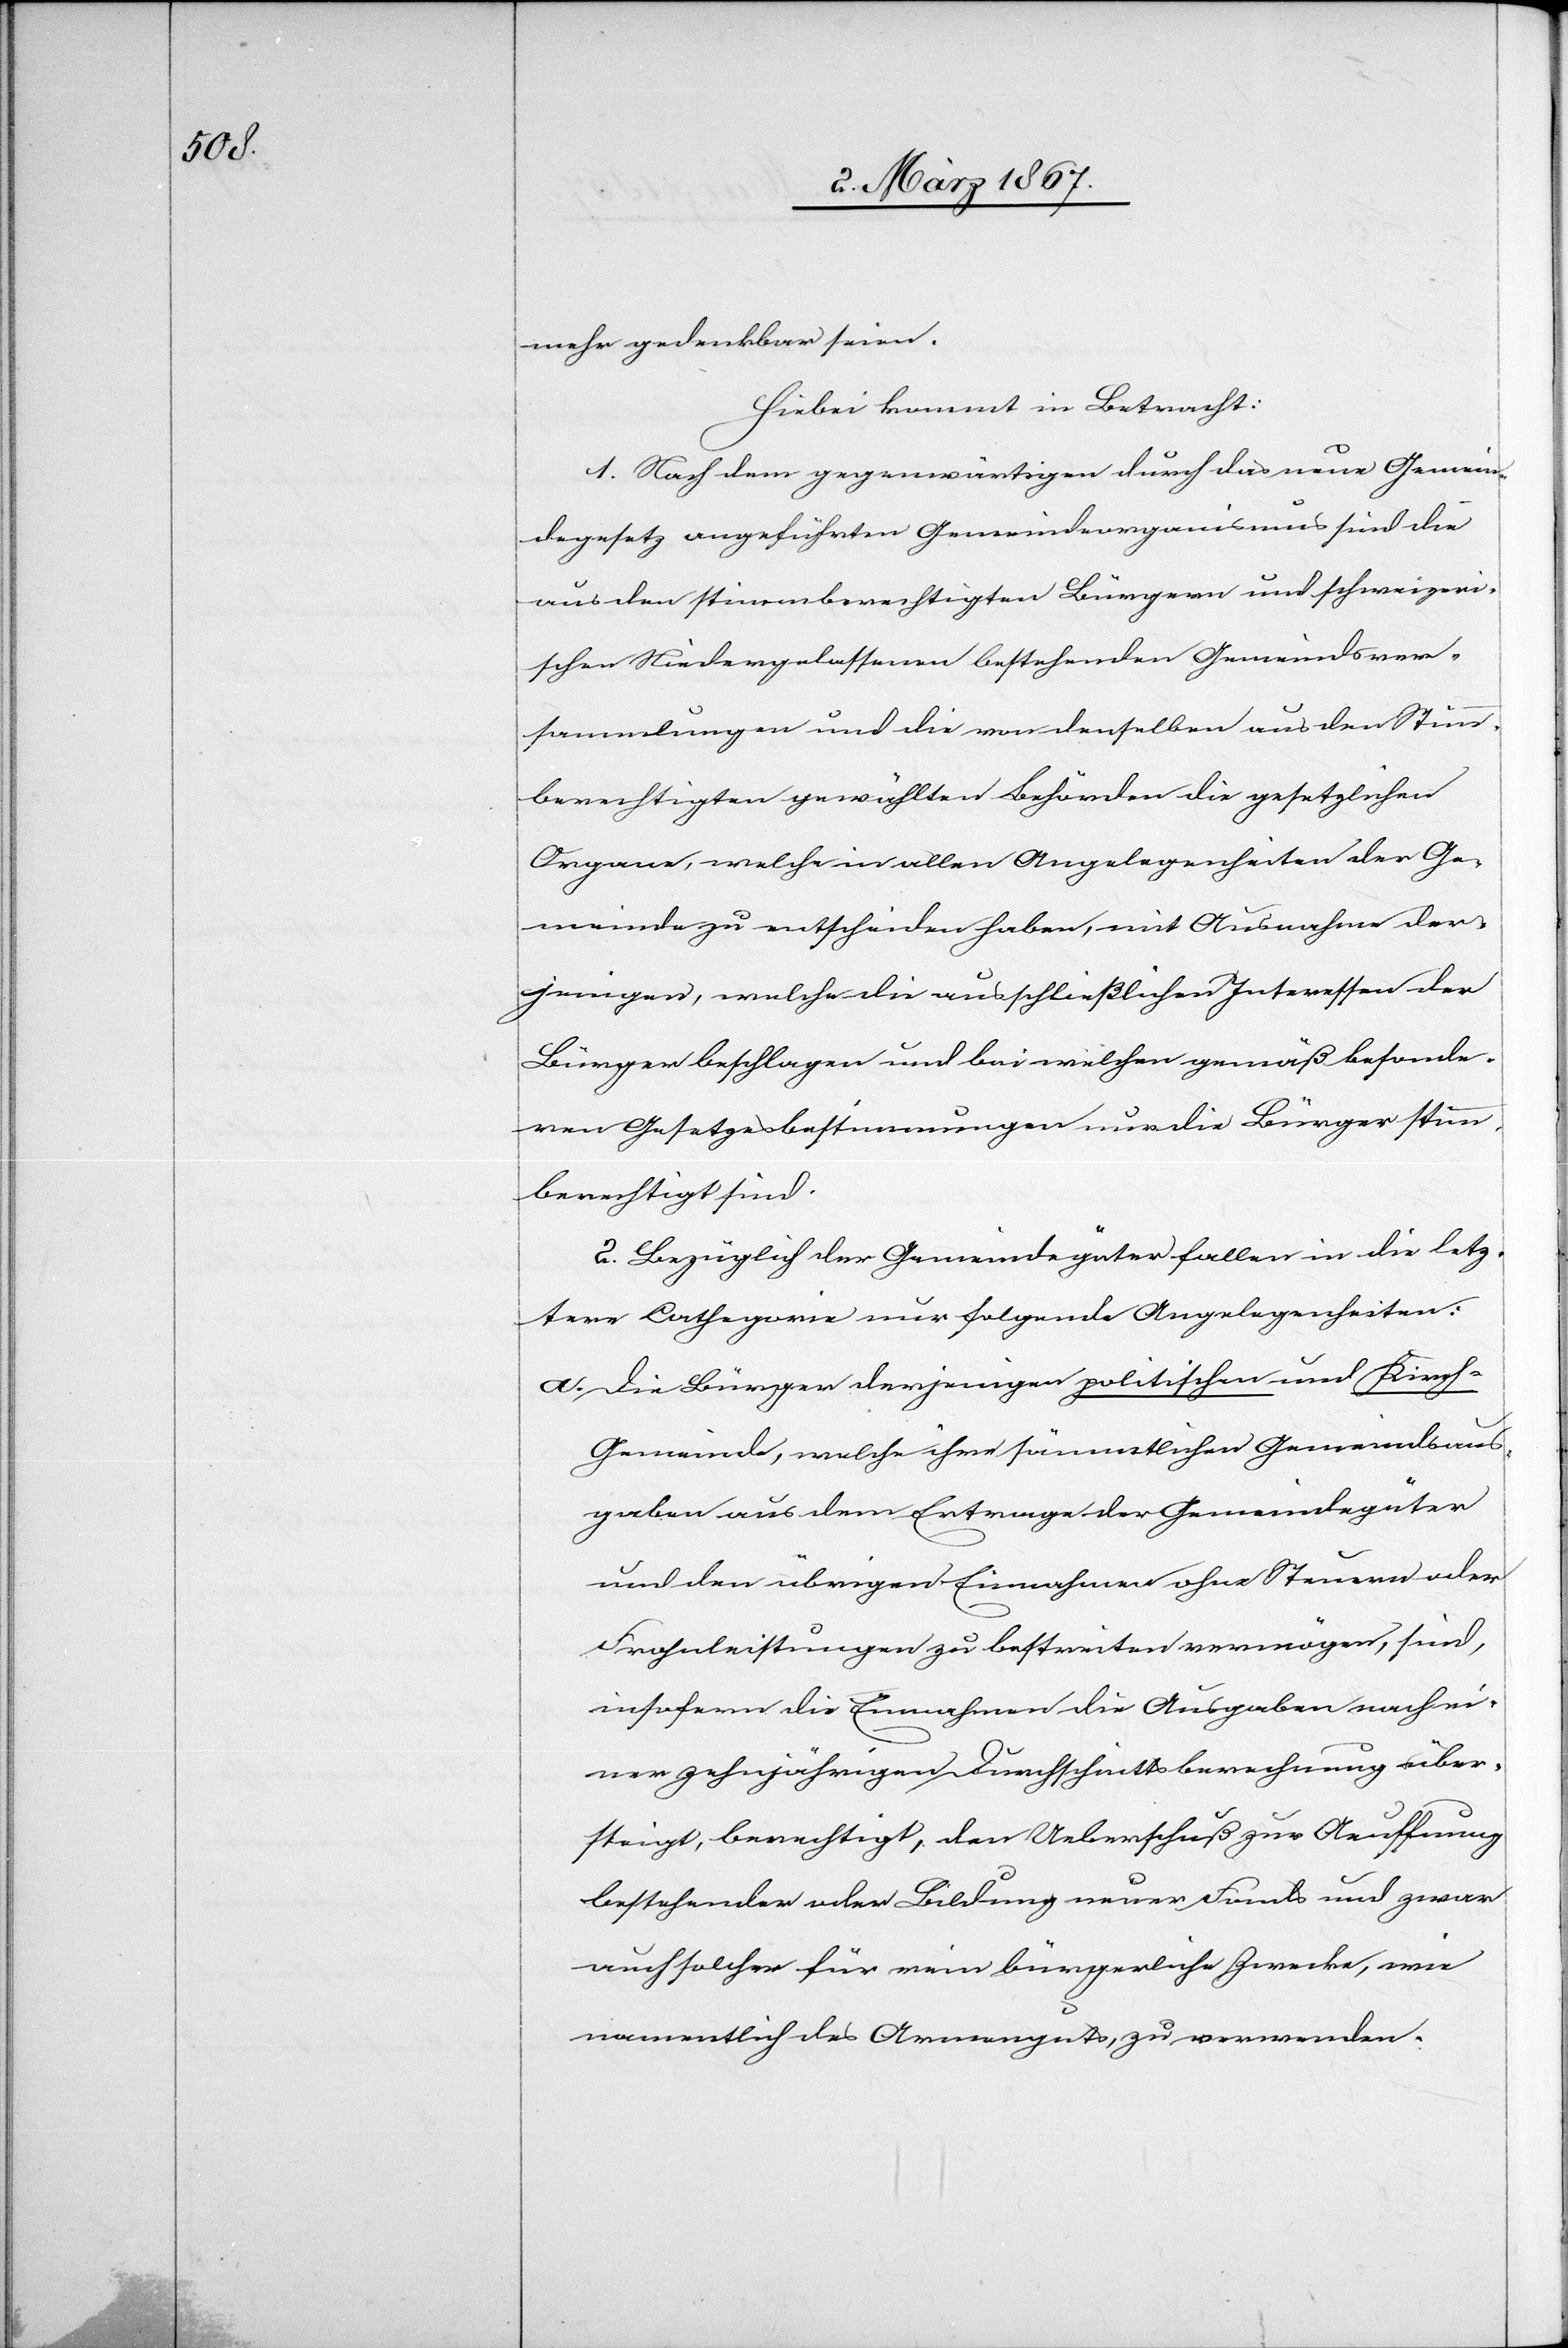
mehr gedenkbar seien.
Hiebei kommt in Betracht:
1. Nach dem gegenwärtigen durch das neue Gemein¬
degesetz angeführten Gemeindeorganismus sind die
aus den stimmberechtigen Bürgern und schweizeri¬
schen Niedergelassenen bestehenden Gemeindsver¬
sammlungen und die von denselben aus den Stimm¬
berechtigen gewählten Behörden die gesetzlichen
Organe, welche in allen Angelegenheiten der Ge¬
meinde zu entscheiden haben, mit Ausnahme der¬
jenigen, welche die ausschließlichen Interessen der
Bürger beschlagen und bei welchen gemäß besonde¬
ren Gesetzesbestimmungen nur die Bürger stimm¬
berechtigt sind.
2. Bezüglich der Gemeindegüter fallen in die letz¬
tere Cathegorie nur folgende Angelegenheiten:
a. Die Bürger derjenigen politischen und Kirch-G¬
emeinde, welche ihre sämmtlichen Gemeindsaus¬
gaben aus dem Ertrage der Gemeindegüter
und den übrigen Einwohnern ohne Steuern oder
Frohnleistungen zu bestreiten vermögen, sind,
insofern die Einnahmen die Ausgaben nach ei¬
ner zehnjährigen Durchschnittsberechnung über¬
steigt, berechtigt, den Ueberschuß zur Aeuffnung
bestehender oder Bildung neuer Fonds und zwar
auch solcher für rein bürgerliche Zwecke, wie
namentlich des Armenguts, zu verwenden.